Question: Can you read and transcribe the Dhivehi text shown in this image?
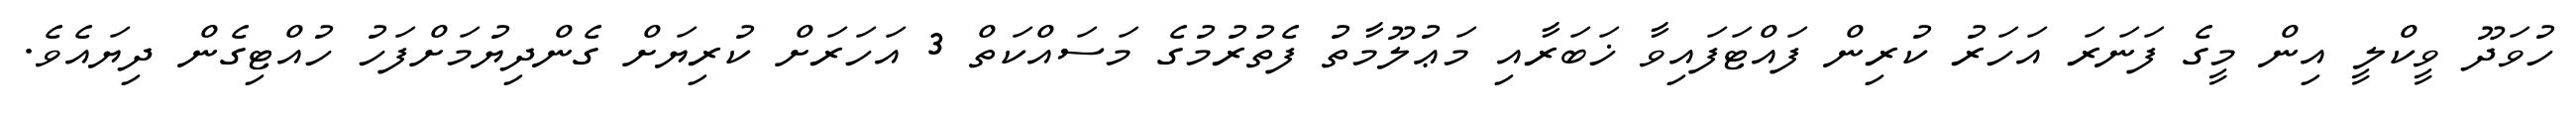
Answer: ހުވަދޫ ވީކްލީ އިން މީގެ ފަނަރަ އަހަރު ކުރިން ފައްޓަފައިވާ ޚަބަރާއި މަޢުލޫމާތު ފެތުރުމުގެ މަސައްކަތް 3 އަހަރަށް ކުރިޔަށް ގެންދިޔުމަށްފަހު ހުއްޓިގެން ދިޔައެވެ.